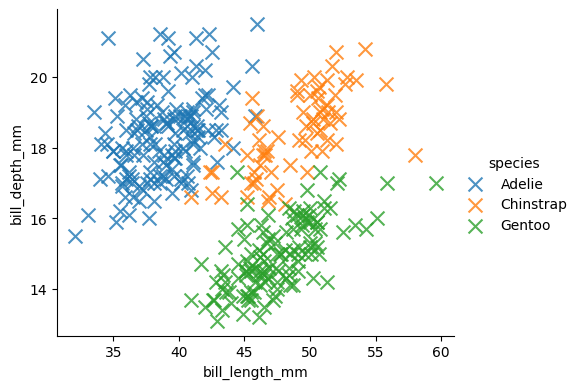
python, seaborn, lmplot, aspect=1.2, order=1, markers='x'